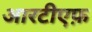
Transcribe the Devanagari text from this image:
आरटीएफ़